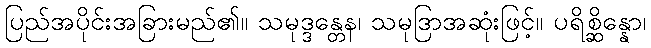
ပြည်အပိုင်းအခြားမည်၏။ သမုဒ္ဒန္တေန၊ သမုဒြာအဆုံးဖြင့်။ ပရိစ္ဆိန္နော၊